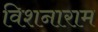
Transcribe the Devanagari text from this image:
विशनाराम